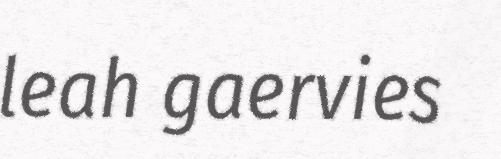
leah gaervies